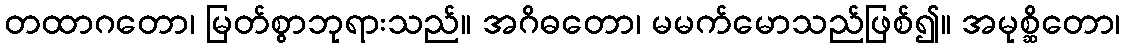
တထာဂတော၊ မြတ်စွာဘုရားသည်။ အဂိဓတော၊ မမက်မောသည်ဖြစ်၍။ အမုစ္ဆိတော၊